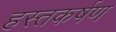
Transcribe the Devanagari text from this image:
हस्तकर्षण